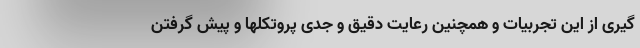
گیری از این تجربیات و همچنین رعایت دقیق و جدی پروتکلها و پیش گرفتن